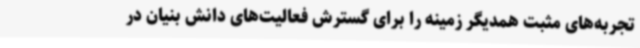
تجربه‌های مثبت همدیگر زمینه را برای گسترش فعالیت‌های دانش بنیان در